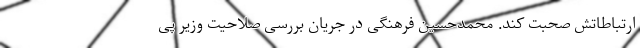
ارتباطاتش صحبت کند. محمدحسین فرهنگی در جریان بررسی صلاحیت وزیر پی